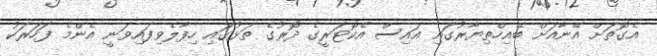
އެގޮތަށް އޭނާއަށް ބޭއިހްތިޔާރުގައި އައިސް އެކޮޓަރީގެ ދޮރުގެ ތަޅުގައި ހިފާލެވިފައިވަނީ އެންމެ ފަހަރަކު